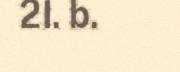
21. b.